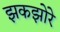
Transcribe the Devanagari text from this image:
झकझोरे